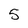
Character: 5